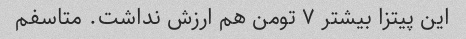
این پیتزا بیشتر ۷ تومن هم ارزش نداشت. متاسفم